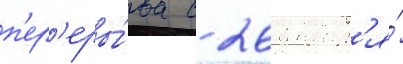
п'ер'еры́ва с 26 январ'я́